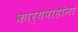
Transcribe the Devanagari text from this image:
कार्यवाहांना